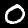
Label: 0